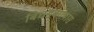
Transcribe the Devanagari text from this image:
बिघडवण्यास